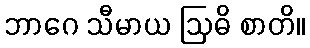
ဘာဂေ သီမာယ ဩဓိ စာတိ။